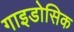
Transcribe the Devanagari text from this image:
गाइडोसिक